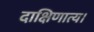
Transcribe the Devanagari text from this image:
दाक्षिणात्य।